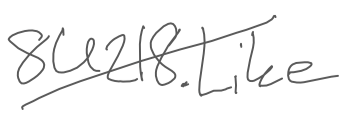
Text: 8U218.Like
Cross-out: diagonal
Writing tool: digital_gray